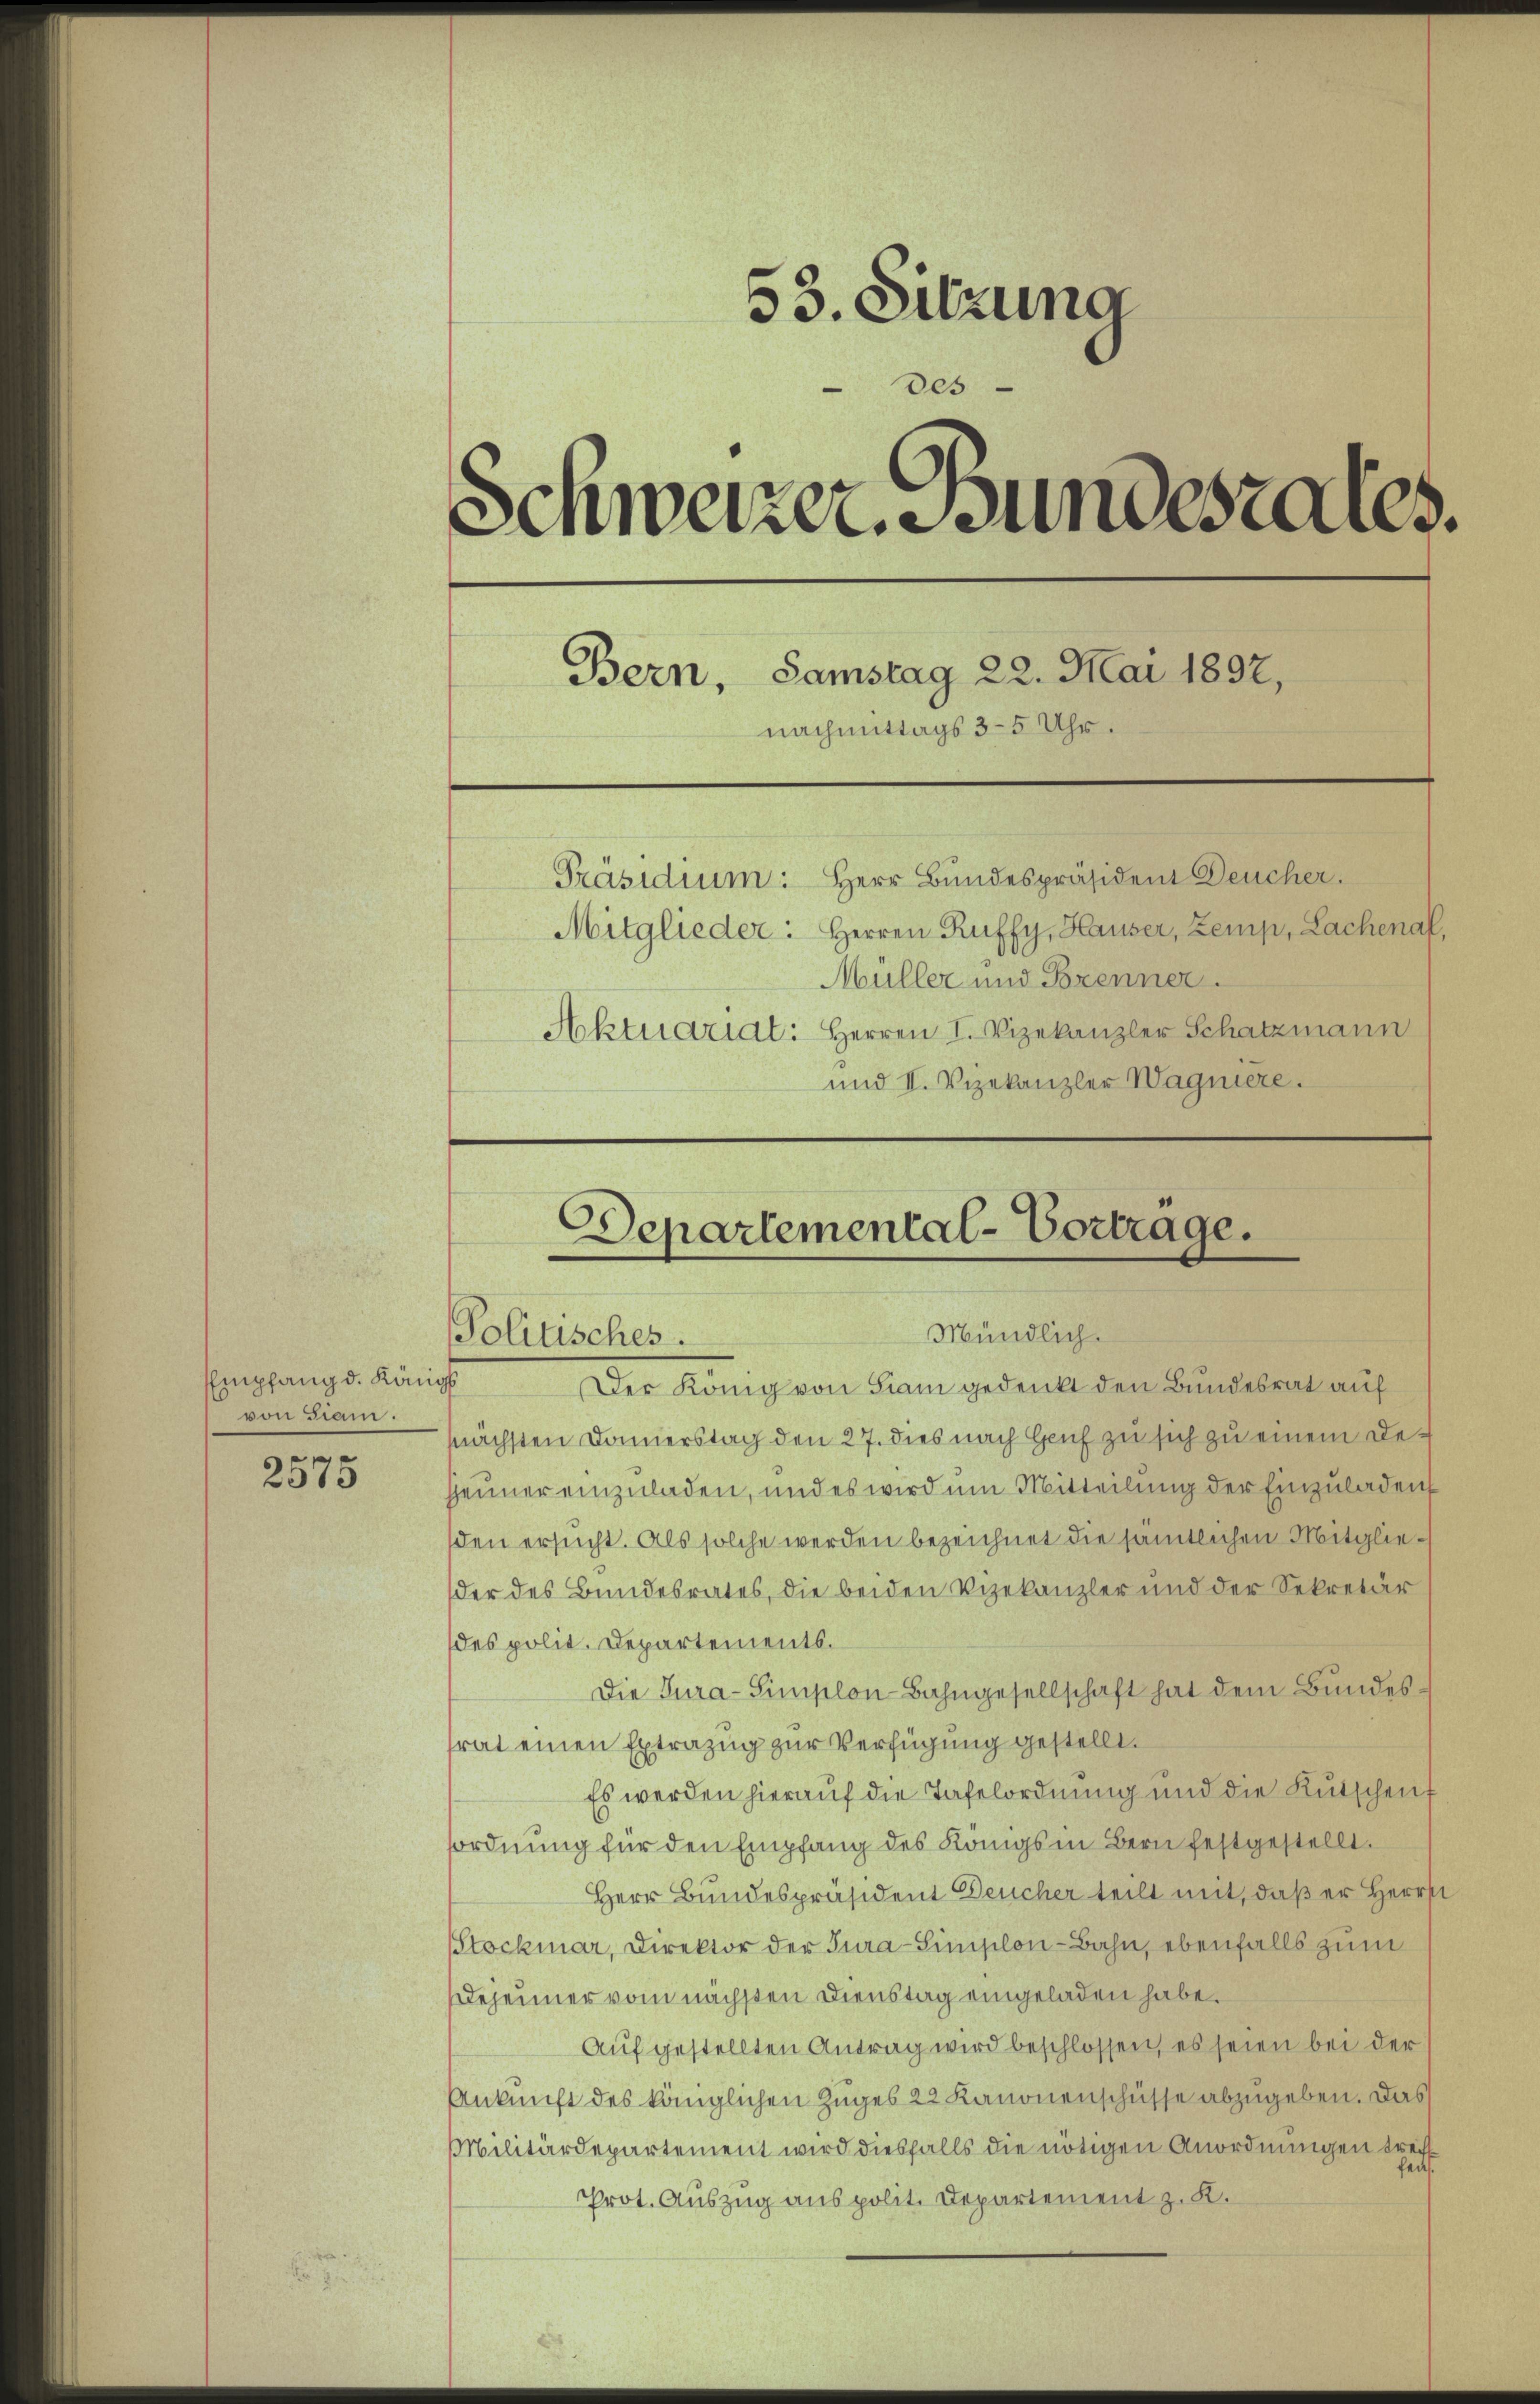
Empfang d. Königl.
von Siam.

2575

53. Sitzung
des
Schweizer. Bundesrates.
Bern, Samstag 22. Mai 1897,
nachmittags 3-5 Uhr.
Präsidium: Herr Bundespräsident Deucher.
Mitglieder: Herren Ruffy, Hauser, Zemp, Lachenaf,
Müller und Brenner.
Aktuarial: Herren I. Vizekanzler Schatzmann
und II. Vizekanzler Wagniere.

Departemental-Vortrage.
Mündlich.
Politisches.

Der König von Siam gedenkt den Bundesrat auf
snächsten Domerstag den 27. dies nach Genf zu sich zu einem Deheuner einzuladen, und es wird um Mitteilung der Einzuladen
den ersucht. Als solche werden bezeichnet die sämtlichen Mitglieder des Bundesrates, die beiden Vizekanzler und der Sekretär
des polit. Departements.
Die Tura-Simplon Bahngesellschaft hat dem Bundesfrat einen Extrazug zur Verfügung gestellt.
Es werden hierauf die Tafelordnung und die Kutschenf
ordnung für den Empfang des Königs in Bern festgestellt.
Herr Bundespräsident Deucher teilt mit, daß er Herrn
Stockmar, Direktor der Tura-Simplon-Bahn, ebenfalls zum
Dejeiner vom nächsten Dienstag eingeladen habe.
Auf gestellten Antrag wird beschlossen, es seien bei der
Ankunft des königlichen Zuges 22 Kanonenschüsse abzugeben. Das
Militärdepartement wird diesfalls die nötigen Anordnungen wechs
Prot. Auszug aus polit. Departement z. K.